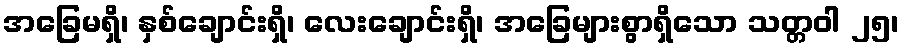
အခြေမရှိ၊ နှစ်ချောင်းရှိ၊ လေးချောင်းရှိ၊ အခြေများစွာရှိသော သတ္တဝါ ၂၅၊